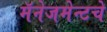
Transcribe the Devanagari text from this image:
मॅनेजमेन्टचे